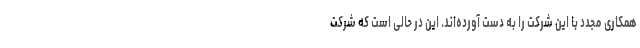
همکاری مجدد با این شرکت را به دست آورده‌اند. این در حالی است که شرکت